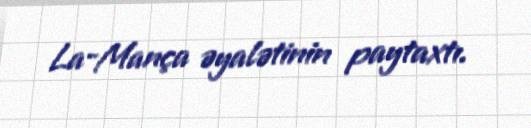
La-Mança əyalətinin paytaxtı.